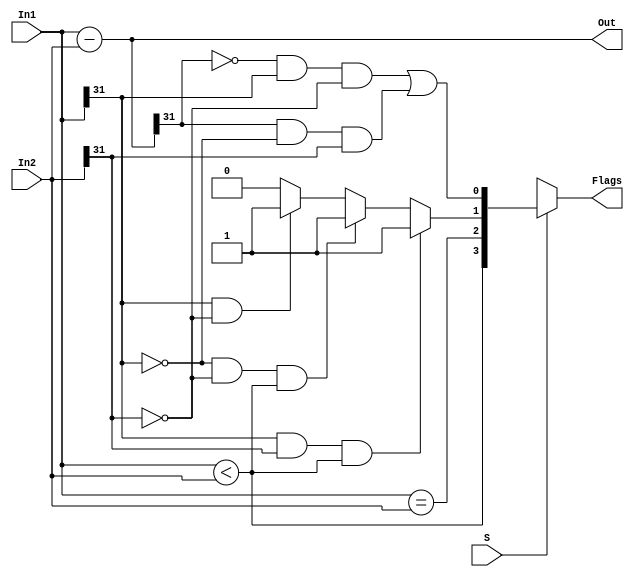
module substractor (In1, In2, Out, S, Flags);
    input signed [31:0] In1, In2;
    input S;
    output wire signed [31:0] Out;
    output wire [3:0] Flags;
    wire [3:0] fgs;
    wire [32:0] Result;
    assign Result = {1'b0,In1} - {1'b0,In2};
    assign Out = Result[31:0];

    assign fgs[3] = (In1 < In2);
    assign fgs[2] = (In1 == In2);
    assign fgs[1] = (In1[31]& In2[31]& (In1<In2)) ? 1'b1: // both negative
                        (~In1[31]& ~In2[31]& (In1<In2)) ? 1'b1: // both positive
                        (In1[31]& ~In2[31]) ? 1'b1: 1'b0; // -ve - +ve
    assign fgs[0] = (~Result[31]& In1[31] & ~In2[31])|(Result[31] & ~In1[31] & In2[31]);
    assign Flags = S ? fgs : 4'bx;
endmodule